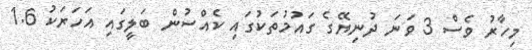
މިހާރު ވެސް 3 ވަނަ ދުނިޔޭގެ ގައުމުތަކުގައި ކެއްސުން ބަލީގައި އަހަރަކު 1.6